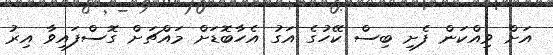
އަށް ވިއްކަން ފެށި ބިސް ކޭހުގެ އަގު އެހާބޮޑަށް މައްޗަށް ގޮސްފައިވާ އިރު